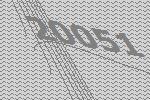
20051